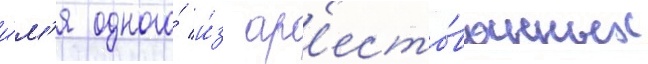
и́м'я одного́ и́з ар'есто́ванных